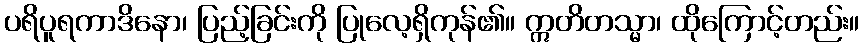
ပရိပူရကာဒိနော၊ ပြည့်ခြင်းကို ပြုလေ့ရှိကုန်၏။ ဣတိတသ္မာ၊ ထိုကြောင့်တည်း။